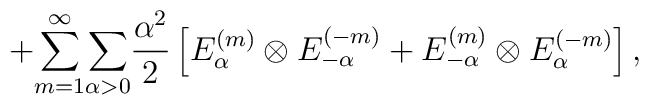
+{\sum _{m=1}^{\infty }}{\sum _{\alpha >0}}\frac{\alpha ^{2}}{2}\left[ E_{\alpha }^{(m)}\otimes E_{-\alpha}^{(-m)}+E_{-\alpha }^{(m)}\otimes E_{\alpha }^{(-m)}\right], \quad \quad \quad\quad \quad \quad \quad \quad \quad \quad